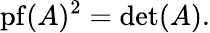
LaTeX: \operatorname{pf}(A)^{2}=\operatorname*{det}(A).